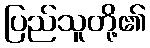
ပြည်သူတို့၏